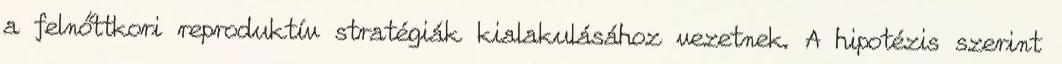
a felnőttkori reproduktív stratégiák kialakulásához vezetnek. A hipotézis szerint